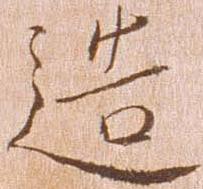
造